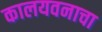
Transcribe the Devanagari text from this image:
कालयवनाचा